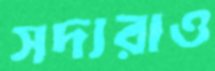
সদ্যরাও